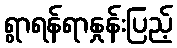
ရွာရန်ရာနှုန်းပြည့်